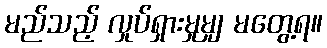
မည်သည့် လှုပ်ရှားမှုမျှ မတွေ့ရ။